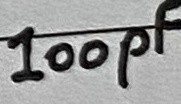
Text: 100pF